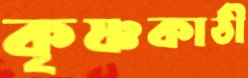
কৃষ্ণকাঠী